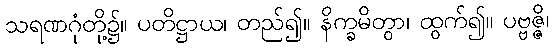
သရဏဂုံတို့၌။ ပတိဋ္ဌာယ၊ တည်၍။ နိက္ခမိတွာ၊ ထွက်၍။ ပဗ္ဗဇ္ဇိ၊